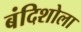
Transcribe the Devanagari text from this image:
बंदिशोला